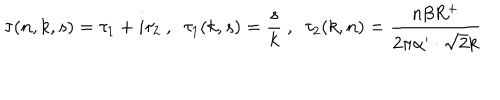
LaTeX: \tau ( n , k , s ) = \tau _ { 1 } + i \tau _ { 2 } ~ , ~ ~ \tau _ { 1 } ( k , s ) = \frac { s } { k } ~ , ~ ~ \tau _ { 2 } ( k , n ) = \frac { n \beta R ^ { + } } { 2 \pi \alpha ^ { \prime } \cdot \sqrt { 2 } k }